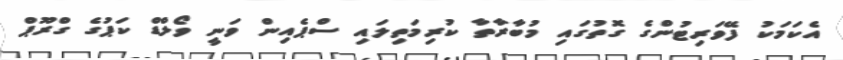
އެކަމަކު ފޭވަރިޓުންގެ ގޮތުގައި މުބާރާތާ ކުރިމަތިލައި ސްޕެއިން ވަނީ ވޯލްޑް ކަޕުގެ ގްރޫޕް